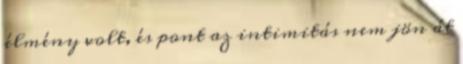
élmény volt, és pont az intimitás nem jön át